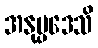
အနုပ္ပဒေသိ